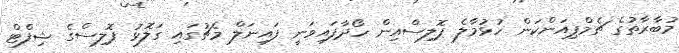
މުބާރާތުގެ ޗެމްޕިއަންކަން ހުޅުމާލެ ޕޮލިސްއިން ހޯދާފައިވަނީ ފައިނަލް މެޗުގައި ގަލޮޅު ޕޮލިސްގެ ޝިފްޓް